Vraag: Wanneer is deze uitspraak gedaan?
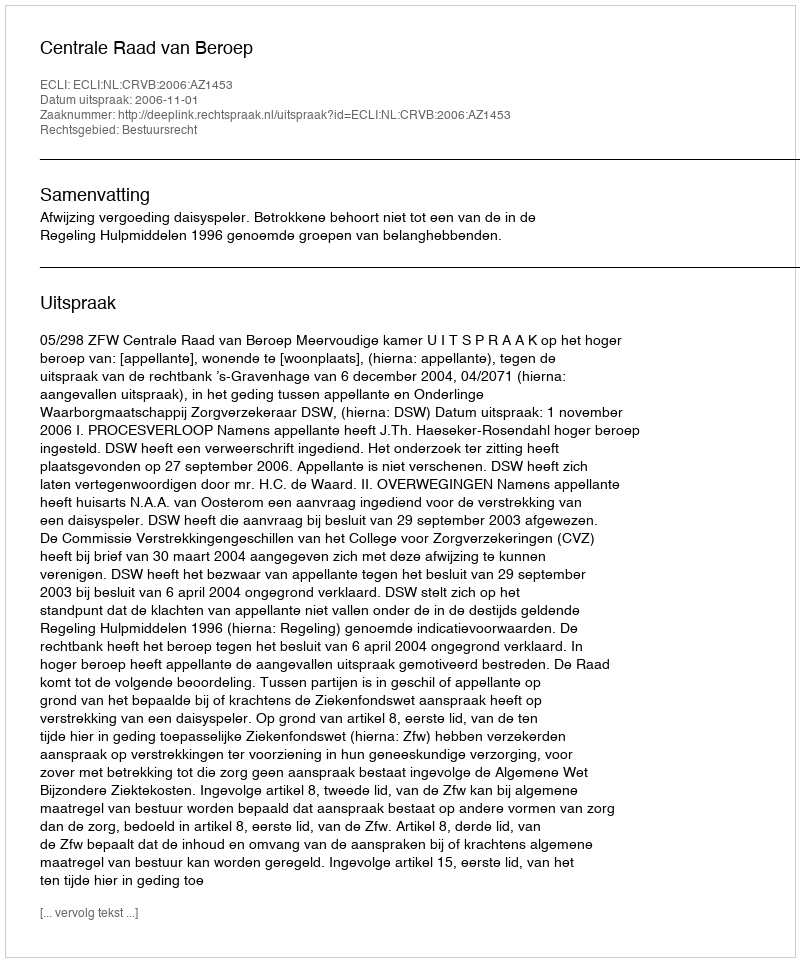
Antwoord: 2006-11-01